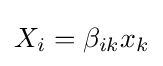
X_{i}=\beta _{ik}x_{k}